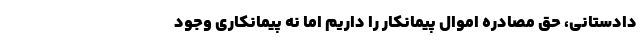
دادستانی، حق مصادره اموال پیمانکار را داریم اما نه پیمانکاری وجود